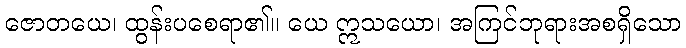
ဇောတယေ၊ ထွန်းပစေရာ၏။ ယေ ဣသယော၊ အကြင်ဘုရားအစရှိသော